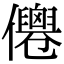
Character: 㒨